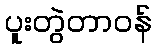
ပူးတွဲတာဝန်